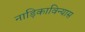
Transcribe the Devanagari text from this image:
नाड़िकाविन्यास